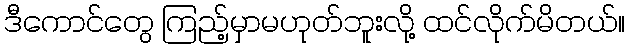
ဒီကောင်တွေ ကြည့်မှာမဟုတ်ဘူးလို့ ထင်လိုက်မိတယ်။